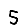
Digit: 5